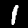
Digit: 1